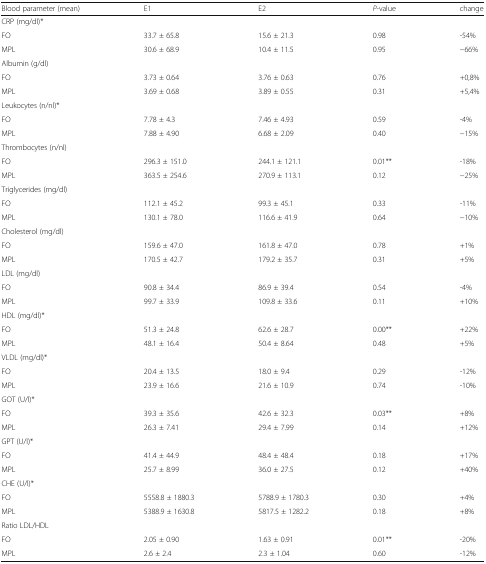
<table><thead><tr><td><b>Blood parameter (mean)</b></td><td><b>E1</b></td><td><b>E2</b></td><td><b><i>P</i>-value</b></td><td><b>change</b></td></tr></thead><tbody><tr><td colspan="5">CRP (mg/dl)*</td></tr><tr><td>FO</td><td>33.7 ± 65.8</td><td>15.6 ± 21.3</td><td>0.98</td><td>-54%</td></tr><tr><td>MPL</td><td>30.6 ± 68.9</td><td>10.4 ± 11.5</td><td>0.95</td><td>−66%</td></tr><tr><td colspan="5">Albumin (g/dl)</td></tr><tr><td>FO</td><td>3.73 ± 0.64</td><td>3.76 ± 0.63</td><td>0.76</td><td>+0,8%</td></tr><tr><td>MPL</td><td>3.69 ± 0.68</td><td>3.89 ± 0.55</td><td>0.31</td><td>+5,4%</td></tr><tr><td colspan="5">Leukocytes (n/nl)*</td></tr><tr><td>FO</td><td>7.78 ± 4.3</td><td>7.46 ± 4.93</td><td>0.59</td><td>-4%</td></tr><tr><td>MPL</td><td>7.88 ± 4.90</td><td>6.68 ± 2.09</td><td>0.40</td><td>−15%</td></tr><tr><td colspan="5">Thrombocytes (n/nl)</td></tr><tr><td>FO</td><td>296.3 ± 151.0</td><td>244.1 ± 121.1</td><td>0.01**</td><td>-18%</td></tr><tr><td>MPL</td><td>363.5 ± 254.6</td><td>270.9 ± 113.1</td><td>0.12</td><td>−25%</td></tr><tr><td colspan="5">Triglycerides (mg/dl)</td></tr><tr><td>FO</td><td>112.1 ± 45.2</td><td>99.3 ± 45.1</td><td>0.33</td><td>-11%</td></tr><tr><td>MPL</td><td>130.1 ± 78.0</td><td>116.6 ± 41.9</td><td>0.64</td><td>−10%</td></tr><tr><td colspan="5">Cholesterol (mg/dl)</td></tr><tr><td>FO</td><td>159.6 ± 47.0</td><td>161.8 ± 47.0</td><td>0.78</td><td>+1%</td></tr><tr><td>MPL</td><td>170.5 ± 42.7</td><td>179.2 ± 35.7</td><td>0.31</td><td>+5%</td></tr><tr><td colspan="5">LDL (mg/dl)</td></tr><tr><td>FO</td><td>90.8 ± 34.4</td><td>86.9 ± 39.4</td><td>0.54</td><td>-4%</td></tr><tr><td>MPL</td><td>99.7 ± 33.9</td><td>109.8 ± 33.6</td><td>0.11</td><td>+10%</td></tr><tr><td colspan="5">HDL (mg/dl)*</td></tr><tr><td>FO</td><td>51.3 ± 24.8</td><td>62.6 ± 28.7</td><td>0.00**</td><td>+22%</td></tr><tr><td>MPL</td><td>48.1 ± 16.4</td><td>50.4 ± 8.64</td><td>0.48</td><td>+5%</td></tr><tr><td colspan="5">VLDL (mg/dl)*</td></tr><tr><td>FO</td><td>20.4 ± 13.5</td><td>18.0 ± 9.4</td><td>0.29</td><td>-12%</td></tr><tr><td>MPL</td><td>23.9 ± 16.6</td><td>21.6 ± 10.9</td><td>0.74</td><td>-10%</td></tr><tr><td colspan="5">GOT (U/l)*</td></tr><tr><td>FO</td><td>39.3 ± 35.6</td><td>42.6 ± 32.3</td><td>0.03**</td><td>+8%</td></tr><tr><td>MPL</td><td>26.3 ± 7.41</td><td>29.4 ± 7.99</td><td>0.14</td><td>+12%</td></tr><tr><td colspan="5">GPT (U/l)*</td></tr><tr><td>FO</td><td>41.4 ± 44.9</td><td>48.4 ± 48.4</td><td>0.18</td><td>+17%</td></tr><tr><td>MPL</td><td>25.7 ± 8.99</td><td>36.0 ± 27.5</td><td>0.12</td><td>+40%</td></tr><tr><td colspan="5">CHE (U/l)*</td></tr><tr><td>FO</td><td>5558.8 ± 1880.3</td><td>5788.9 ± 1780.3</td><td>0.30</td><td>+4%</td></tr><tr><td>MPL</td><td>5388.9 ± 1630.8</td><td>5817.5 ± 1282.2</td><td>0.18</td><td>+8%</td></tr><tr><td colspan="5">Ratio LDL/HDL</td></tr><tr><td>FO</td><td>2.05 ± 0.90</td><td>1.63 ± 0.91</td><td>0.01**</td><td>-20%</td></tr><tr><td>MPL</td><td>2.6 ± 2.4</td><td>2.3 ± 1.04</td><td>0.60</td><td>-12%</td></tr></tbody></table>